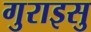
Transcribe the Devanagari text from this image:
गुराइसु